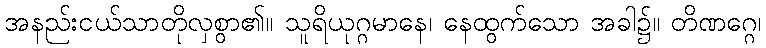
အနည်းငယ်သာတိုလှစွာ၏။ သူရိယုဂ္ဂမာနေ၊ နေထွက်သော အခါ၌။ တိဏဂ္ဂေ၊